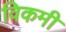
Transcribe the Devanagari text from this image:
विकमी